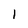
Character: I